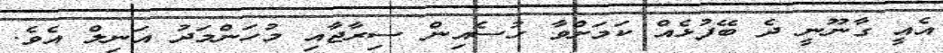
އެއީ ގާނޫނީ ދެ ބޭފުޅެއް ކަމަށްވާ ހުސެއިން ސިރާޖާއި މުހަންމަދު އަނިލް އެވެ.